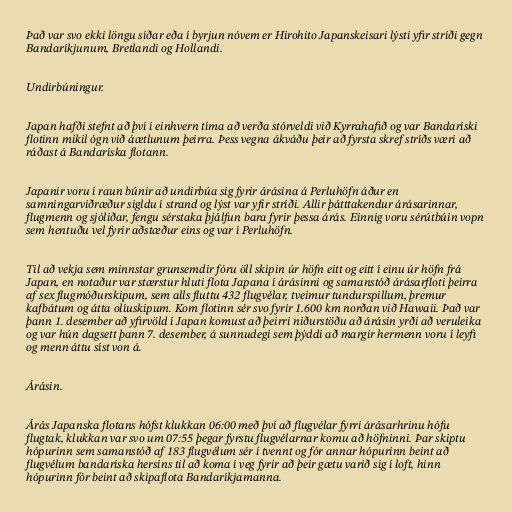
Það var svo ekki löngu síðar eða í byrjun nóvem er Hirohito Japanskeisari lýsti yfir stríði gegn
Bandaríkjunum, Bretlandi og Hollandi.

Undirbúningur.

Japan hafði stefnt að því í einhvern tíma að verða stórveldi við Kyrrahafið og var Bandaríski
flotinn mikil ógn við áætlunum þeirra. Þess vegna ákváðu þeir að fyrsta skref stríðs væri að
ráðast á Bandaríska flotann.

Japanir voru í raun búnir að undirbúa sig fyrir árásina á Perluhöfn áður en
samningarviðræður sigldu í strand og lýst var yfir stríði. Allir þátttakendur árásarinnar,
flugmenn og sjóliðar, fengu sérstaka þjálfun bara fyrir þessa árás. Einnig voru sérútbúin vopn
sem hentuðu vel fyrir aðstæður eins og var í Perluhöfn.

Til að vekja sem minnstar grunsemdir fóru öll skipin úr höfn eitt og eitt í einu úr höfn frá
Japan, en notaður var stærstur hluti flota Japana í árásinni og samanstóð árásarfloti þeirra
af sex flugmóðurskipum, sem alls fluttu 432 flugvélar, tveimur tundurspillum, þremur
kafbátum og átta olíuskipum. Kom flotinn sér svo fyrir 1.600 km norðan við Hawaii. Það var
þann 1. desember að yfirvöld í Japan komust að þeirri niðurstöðu að árásin yrði að veruleika
og var hún dagsett þann 7. desember, á sunnudegi sem þýddi að margir hermenn voru í leyfi
og menn áttu síst von á.

Árásin.

Árás Japanska flotans hófst klukkan 06:00 með því að flugvélar fyrri árásarhrinu hófu
flugtak, klukkan var svo um 07:55 þegar fyrstu flugvélarnar komu að höfninni. Þar skiptu
hópurinn sem samanstóð af 183 flugvélum sér í tvennt og fór annar hópurinn beint að
flugvélum bandaríska hersins til að koma í veg fyrir að þeir gætu varið sig í loft, hinn
hópurinn fór beint að skipaflota Bandaríkjamanna.